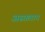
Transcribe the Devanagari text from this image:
अस्तलान